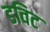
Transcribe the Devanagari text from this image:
डविट